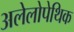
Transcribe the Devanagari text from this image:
अलेलोपेथिक